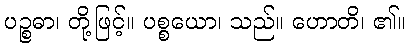
ပဉ္စဓာ၊ တို့ဖြင့်။ ပစ္စယော၊ သည်။ ဟောတိ၊ ၏။